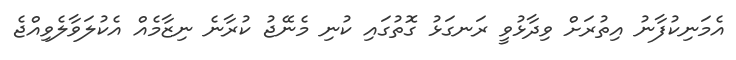
އެމަނިކުފާނު އިތުރަށް ވިދާޅުވީ ރަނގަޅު ގޮތުގައި ކުނި މެނޭޖު ކުރާނެ ނިޒާމެއް އެކުލަވާލެވިއްޖެ